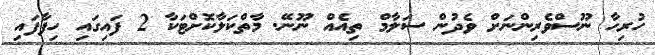
ހުރިހާ ނޫސްވެރިންނަށް ވެދުން ސަލާމް ތިއެއް ނޫނޭ. މާތްކަލާކޮށްޓަކާ 2 ފައިގައި ހިފާފައި